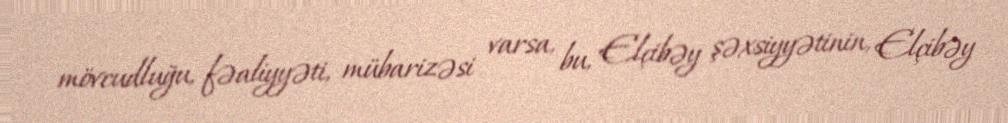
mövcudluğu, fəaliyyəti, mübarizəsi varsa, bu, Elçibəy şəxsiyyətinin, Elçibəy